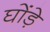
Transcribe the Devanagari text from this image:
घोंड़े